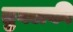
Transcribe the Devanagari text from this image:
तुघलकी